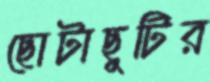
ছোটাছুটির